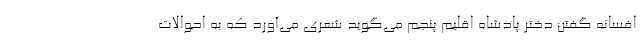
افسانه گفتن دختر پادشاه اقلیم پنجم می‌گوید شعری می‌آورد که به احوالات